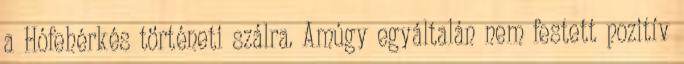
a Hófehérkés történeti szálra. Amúgy egyáltalán nem festett pozitív